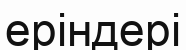
еріндері